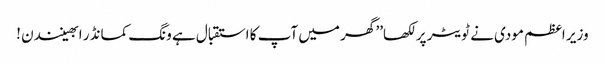
وزیر اعظم مودی نے ٹویٹر پر لکھا’’ گھر میں آپ کا استقبال ہے ونگ کمانڈر ابھینندن !